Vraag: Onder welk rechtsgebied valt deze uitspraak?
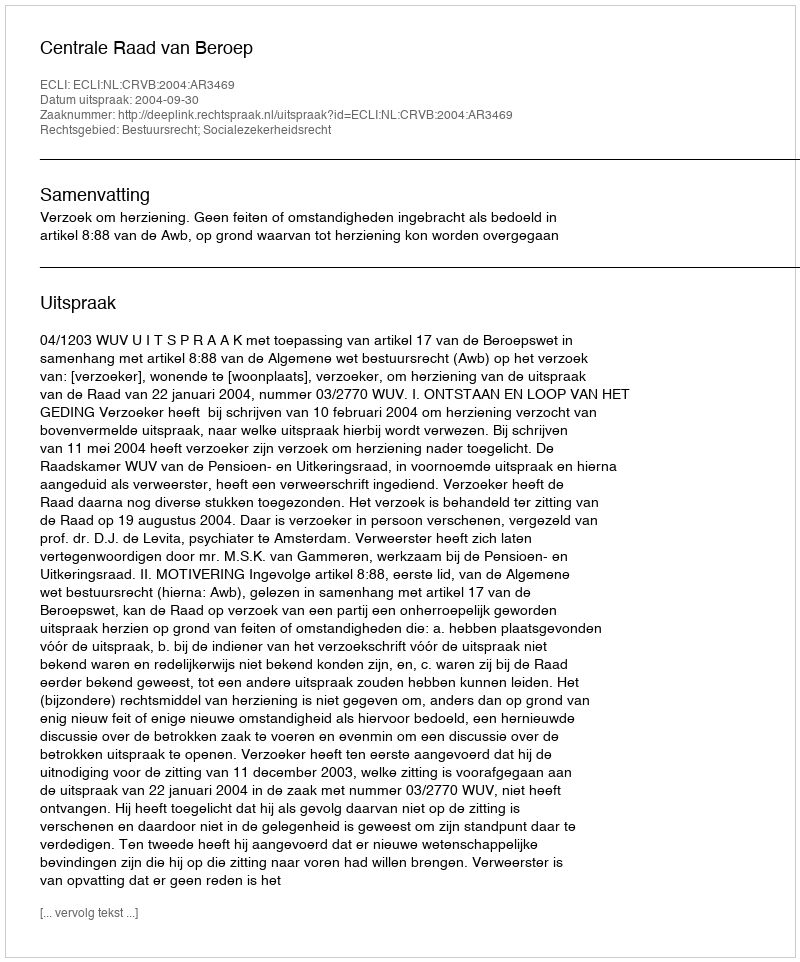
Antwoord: Bestuursrecht; Socialezekerheidsrecht